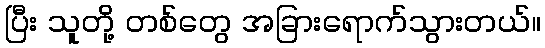
ပြီး သူတို့ တစ်တွေ အခြားရောက်သွားတယ်။